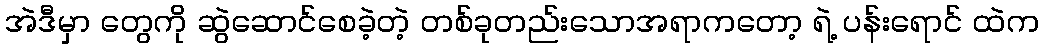
အဲဒီမှာ တွေကို ဆွဲဆောင်စေခဲ့တဲ့ တစ်ခုတည်းသောအရာကတော့ ရဲ့ ပန်းရောင် ထဲက